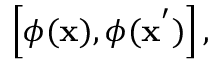
\left[ \phi ( { \bf x } ) , \phi ( { \bf x } ^ { ' } ) \right] ,